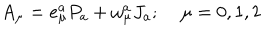
A _ { \mu } = e _ { \mu } ^ { a } P _ { a } + \omega _ { \mu } ^ { a } J _ { a } ; \; \mu = 0 , 1 , 2